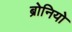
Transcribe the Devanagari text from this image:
ब्रोनियो